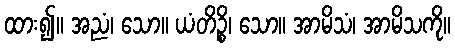
ထား၍။ အညံ၊ သော။ ယံတိဉ္စိ၊ သော။ အာမိသံ၊ အာမိသကို။